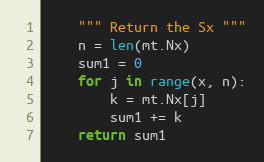
Language: Python
    """ Return the Sx """
    n = len(mt.Nx)
    sum1 = 0
    for j in range(x, n):
        k = mt.Nx[j]
        sum1 += k
    return sum1